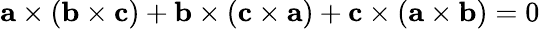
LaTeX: \mathbf{a}\times(\mathbf{b}\times\mathbf{c})+\mathbf{b}\times(\mathbf{c}\times\mathbf{a})+\mathbf{c}\times(\mathbf{a}\times\mathbf{b})=0